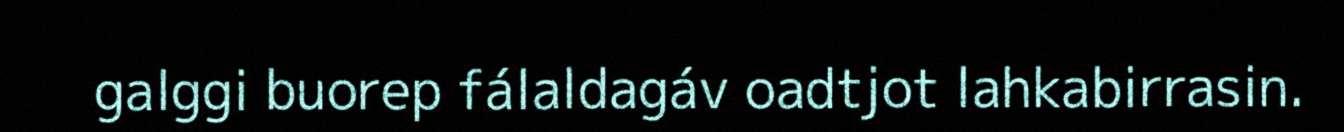
galggi buorep fálaldagáv oadtjot lahkabirrasin.